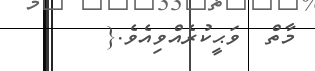
މާތް  ވަޙީކުރެއްވިއެވެ.{